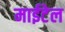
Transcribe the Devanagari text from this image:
माईटेल